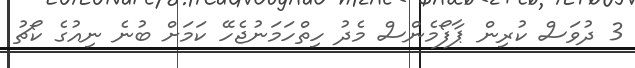
3 ދުވަަސް ކުރިން ޕާފޯމެންސް މެދު ހިތްހަމަނުޖެހޭ ކަމަށް ބުނެ ނިއުގެ ކޯޗު